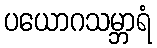
ပယောဂသမ္ဘာရံ